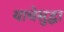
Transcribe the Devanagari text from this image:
याचेसुद्धा